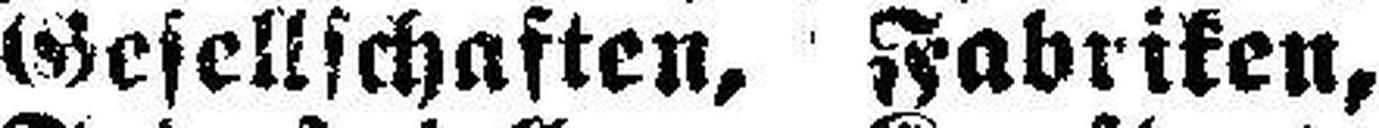
Gesellschaften, Fabriken,